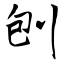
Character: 刨